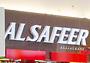
al